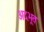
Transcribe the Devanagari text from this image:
अद़भूत